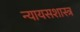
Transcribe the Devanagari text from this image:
न्यायसशास्त्र